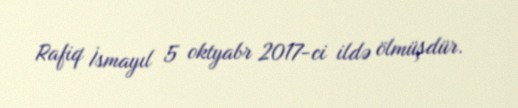
Rafiq İsmayıl 5 oktyabr 2017-ci ildə ölmüşdür.